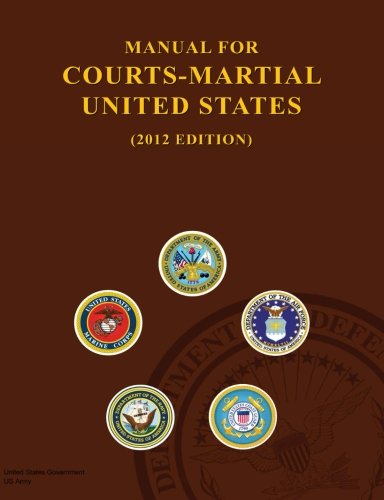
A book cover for Manual for Courts-Martial United States (2012 Edition); United States Government US Army; Law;